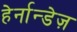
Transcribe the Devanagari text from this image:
हेर्नान्डेज़